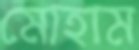
মোহাম